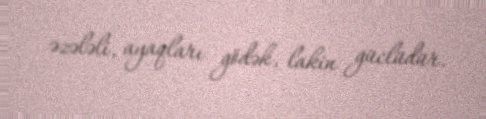
əzələli, ayaqları gödək, lakin güclüdür.